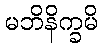
မဘိနိက္ခမိ